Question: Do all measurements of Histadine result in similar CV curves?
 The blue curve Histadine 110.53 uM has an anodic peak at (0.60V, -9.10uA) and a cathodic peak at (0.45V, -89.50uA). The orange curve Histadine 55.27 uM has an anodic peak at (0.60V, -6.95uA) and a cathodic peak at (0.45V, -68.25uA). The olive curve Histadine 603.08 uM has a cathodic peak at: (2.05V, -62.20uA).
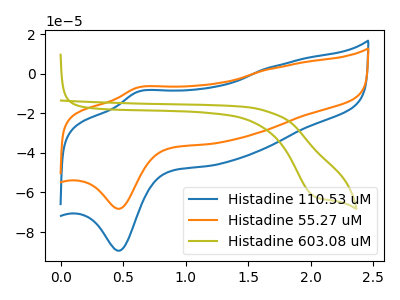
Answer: <think>All the peaks in "Histadine 110.53 uM" have a peak in "Histadine 55.27 uM" at the same potential. "Histadine 110.53 uM" and "Histadine 603.08 uM" have a different number of peaks. "Histadine 55.27 uM" and "Histadine 603.08 uM" have a different number of peaks.
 </think>
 <answer>All the CV's of "Histadine" have similar shape.</answer>
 <eval>follow_rule</eval>